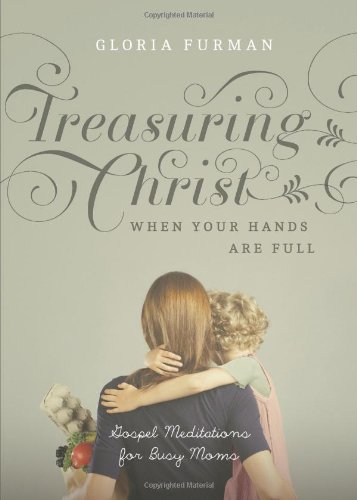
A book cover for Treasuring Christ When Your Hands Are Full: Gospel Meditations for Busy Moms; Gloria Furman; Christian Books & Bibles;